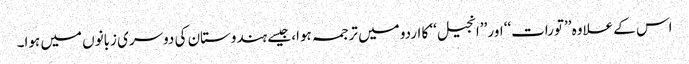
اس کے علاوہ ’’تورات‘‘ اور ’’انجیل‘‘ کا اردو میں ترجمہ ہوا، جیسے ہندوستان کی دوسری زبانوں میں ہوا۔